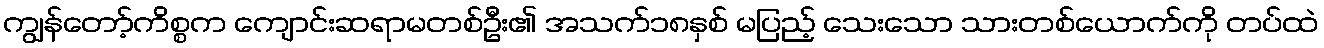
ကျွန်တော့်ကိစ္စက ကျောင်းဆရာမတစ်ဦး၏ အသက်၁၈နှစ် မပြည့် သေးသော သားတစ်ယောက်ကို တပ်ထဲ